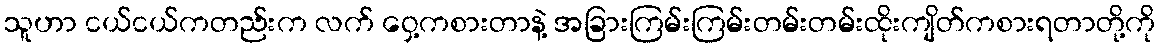
သူဟာ ငယ်ငယ်ကတည်းက လက် ဝှေ့ကစားတာနဲ့ အခြားကြမ်းကြမ်းတမ်းတမ်းထိုးကျိတ်ကစားရတာတို့ကို